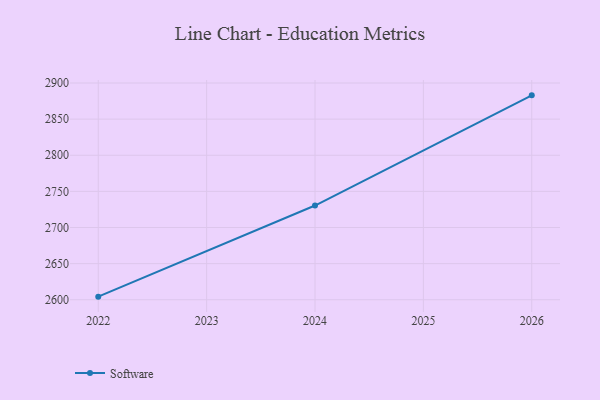
{"axis": {"x": "Year", "y": "Market Share (%)"}, "legend": ["Software"], "data": [{"x": "2022", "y": 2604.3, "type": "Software"}, {"x": "2024", "y": 2730.4, "type": "Software"}, {"x": "2026", "y": 2882.9, "type": "Software"}]}